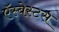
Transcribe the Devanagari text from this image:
ऍस्बेस्टस